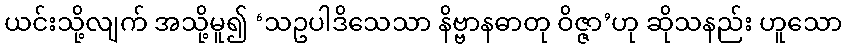
ယင်းသို့လျက် အသို့မူ၍ ‘သဥပါဒိသေသာ နိဗ္ဗာနဓာတု ဝိဇ္ဇာ’ဟု ဆိုသနည်း ဟူသော